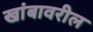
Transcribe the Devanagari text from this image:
खांबावरील